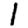
Digit: 1